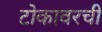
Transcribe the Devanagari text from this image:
टोकावरची